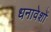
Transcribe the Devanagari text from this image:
धनावेशों